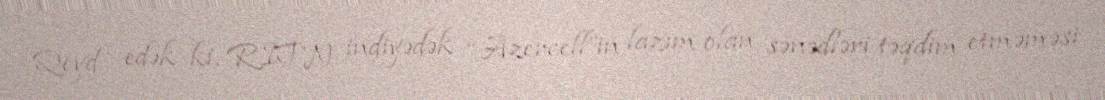
Qeyd edək ki, RİTN indiyədək “Azercell”in lazım olan sənədləri təqdim etməməsi